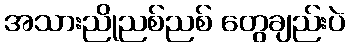
အသားညိုညစ်ညစ် တွေချည်းပဲ